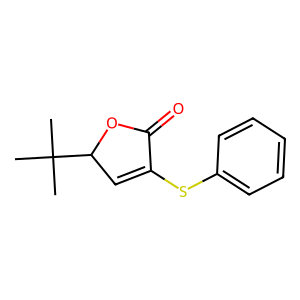
SMILES: CC(C)(C)C1C=C(Sc2ccccc2)C(=O)O1
Inhibits HIV replication: No